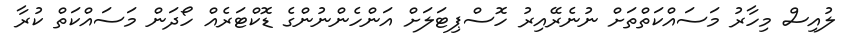
ލުއިސް މިހާރު މަސައްކަތްތަށް ނުނެރޭއިރު ހޮސްޕިޓަލަށް އަންހެންނުންގެ ޑޮކްޓަރެއް ހޯދަން މަސައްކަތް ކުރާ